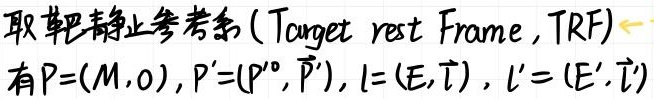
取靶静止参考系(Target rest Frame , TRF)
有$P=(M,0)$,$P'=(P'^0,\vec{P}')$,$l=(E,\vec{l})$,$l'=(E',\vec{l}')$